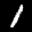
Label: 1